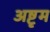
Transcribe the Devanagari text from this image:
अष्टृम